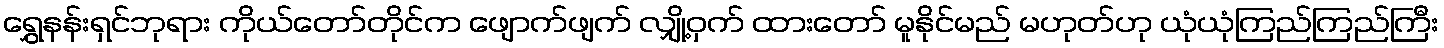
ရွှေနန်းရှင်ဘုရား ကိုယ်တော်တိုင်က ဖျောက်ဖျက် လျှို့ဝှက် ထားတော် မူနိုင်မည် မဟုတ်ဟု ယုံယုံကြည်ကြည်ကြီး